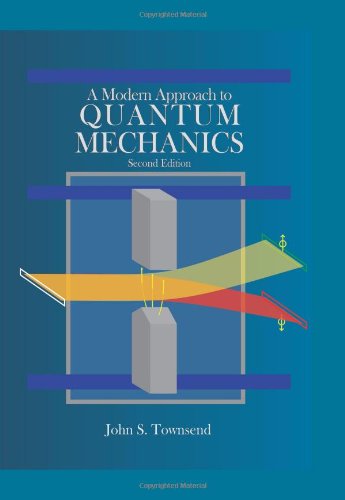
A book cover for A Modern Approach to Quantum Mechanics; John S. Townsend; Science & Math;